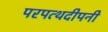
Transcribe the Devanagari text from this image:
परपत्थदीपनी